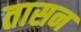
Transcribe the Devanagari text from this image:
तासन